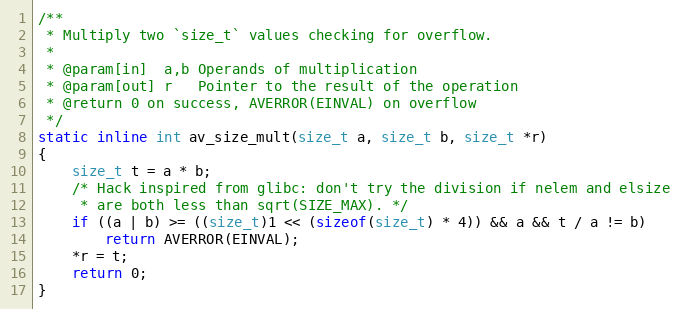
Language: C
/**
 * Multiply two `size_t` values checking for overflow.
 *
 * @param[in]  a,b Operands of multiplication
 * @param[out] r   Pointer to the result of the operation
 * @return 0 on success, AVERROR(EINVAL) on overflow
 */
static inline int av_size_mult(size_t a, size_t b, size_t *r)
{
    size_t t = a * b;
    /* Hack inspired from glibc: don't try the division if nelem and elsize
     * are both less than sqrt(SIZE_MAX). */
    if ((a | b) >= ((size_t)1 << (sizeof(size_t) * 4)) && a && t / a != b)
        return AVERROR(EINVAL);
    *r = t;
    return 0;
}